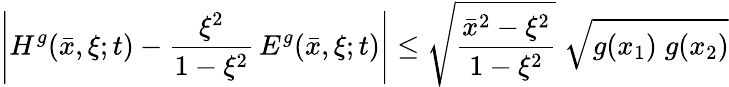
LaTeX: \left|H^{g}(\bar{x},\xi;t)-\frac{\xi^{2}}{1-\xi^{2}}\, E^{g}(\bar{x},\xi;t)\right|\leq\sqrt{\frac{\bar{x}^{2}-\xi^{2}}{1-\xi^{2}}}\; \sqrt{g(x_{1})\; g(x_{2})}